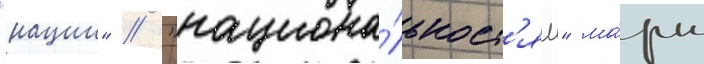
"нации" / "национа́льност'ям" ма́ркс